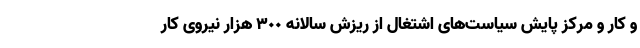
و کار و مرکز پایش سیاست‌های اشتغال از ریزش سالانه ٣٠٠ هزار نیروی کار